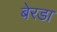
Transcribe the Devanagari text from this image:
बेरडा